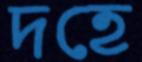
দহে